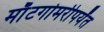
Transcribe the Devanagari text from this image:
माँटगोमरीपर्यंत